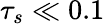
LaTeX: \tau_{s}\ll 0.1